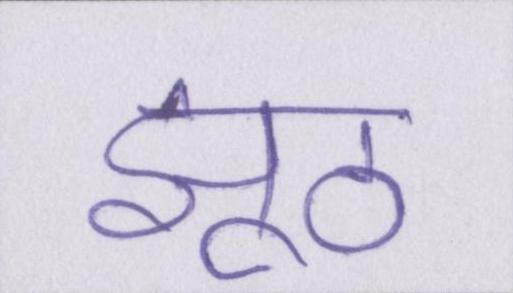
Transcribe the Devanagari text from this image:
झूठ